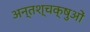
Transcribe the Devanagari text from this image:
अन्तश्चक्षुओं